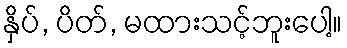
နှိပ်, ပိတ်, မထားသင့်ဘူးပေါ့။